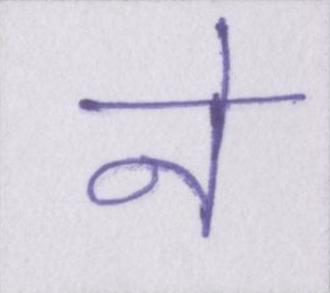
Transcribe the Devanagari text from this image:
ने